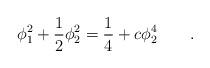
LaTeX: \begin{align*}\phi_1^2 + \frac{1}{2} \phi_2^2 = \frac{1}{4}+ c \phi_2^4 \qquad .\end{align*}